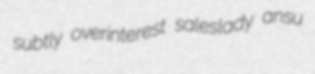
subtly overinterest saleslady ansu